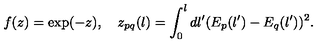
f ( z ) = \exp ( - z ) , \quad z _ { p q } ( l ) = \int _ { 0 } ^ { l } d l ^ { \prime } ( E _ { p } ( l ^ { \prime } ) - E _ { q } ( l ^ { \prime } ) ) ^ { 2 } .